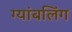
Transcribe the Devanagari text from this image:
ग्यांबलिंग